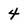
Character: 4